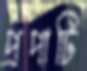
প্রপাটি